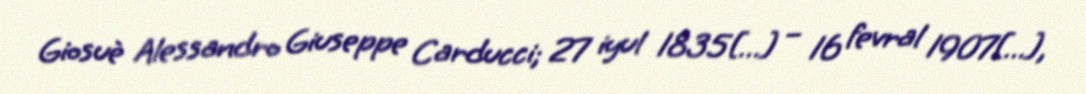
Giosuè Alessandro Giuseppe Carducci; 27 iyul 1835[…] – 16 fevral 1907[…],